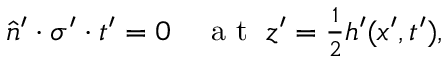
\begin{array} { r } { \hat { n } ^ { \prime } \cdot \sigma ^ { \prime } \cdot t ^ { \prime } = 0 \quad \mathrm { ~ a ~ t ~ } \; z ^ { \prime } = \frac { 1 } { 2 } h ^ { \prime } ( x ^ { \prime } , t ^ { \prime } ) , } \end{array}